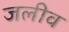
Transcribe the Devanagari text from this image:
जलीव